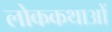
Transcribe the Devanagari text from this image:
लोककथाआें